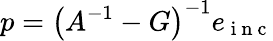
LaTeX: p=\left(A^{-1}-G\right)^{-1}e_{\mathrm{~i~n~c~}}